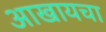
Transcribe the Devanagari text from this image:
आखायचा